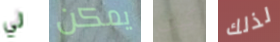
لي يمكن كيف لذلك